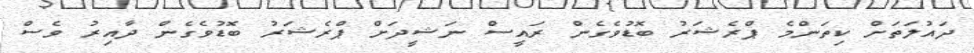
ދައުލަތަށް ކިތަންމެ ޕްރެޝަރު ބޮޑުވެގެން ރައީސް ނަޝީދަށް ޕްރެޝަރު ބޮޑުވެގެން ދާއިރު ވެސް